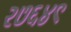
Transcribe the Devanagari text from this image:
२७६४९